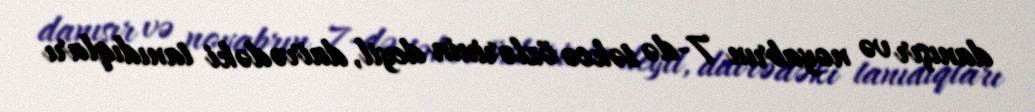
danışır və noyabrın 7-də təkcə özlərinin deyil, dairədəki tanıdıqları